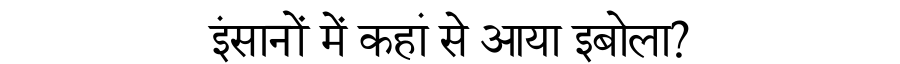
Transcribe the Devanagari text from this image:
इंसानों में कहां से आया इबोला?